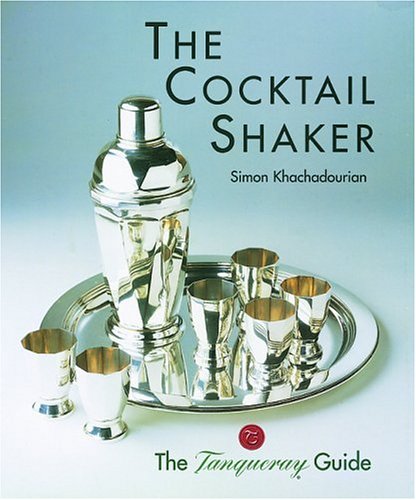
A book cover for The Cocktail Shaker: The Tanqueray Guide; Simon Khachadourian; Humor & Entertainment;